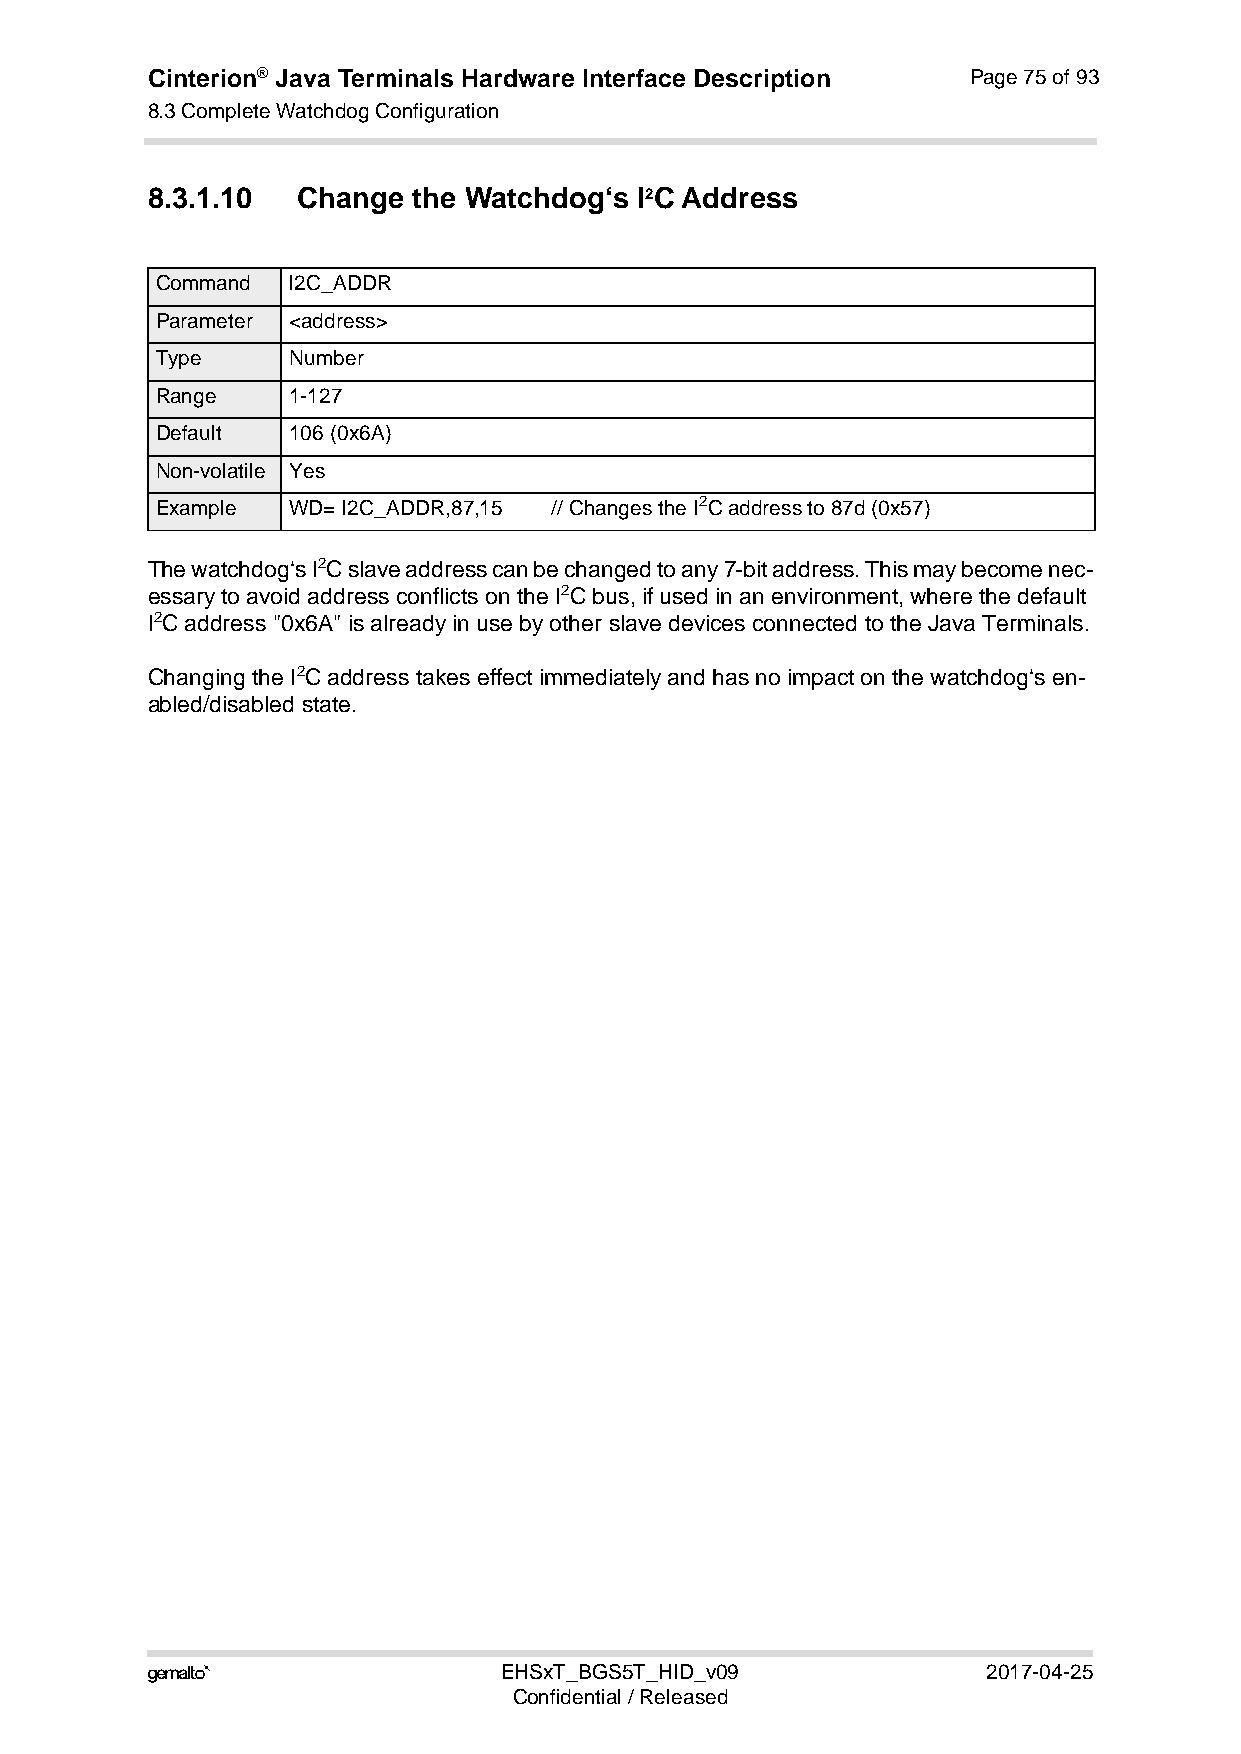
Cinterion® Java Terminals Hardware Interface Description Page 75 of 93
 8.3 Complete Watchdog Configuration
 92
 8.3.1.10  Change the Watchdog‘s I2C Address
 Command  I2C_ADDR
 Parameter <address>
 Type     Number
 Range    1-127
 Default  106 (0x6A)
 Non-volatile Yes
 Example  WD= I2C_ADDR,87,15 // Changes the I2C address to 87d (0x57)
 The watchdog‘s I2C slave address can be changed to any 7-bit address. This may become nec-
 essary to avoid address conflicts on the I2C bus, if used in an environment, where the default
 I2C address "0x6A" is already in use by other slave devices connected to the Java Terminals.
 Changing the I2C address takes effect immediately and has no impact on the watchdog‘s en-
 abled/disabled state.
                       EHSxT_BGS5T_HID_v09             2017-04-25
 Confidential / Released